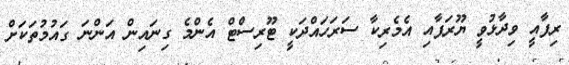
ރިފާއީ ވިދާޅުވީ ޔޫރަޕާއި އެމެރިކާ ސަރަހައްދަކީ ޓޫރިސްޓް އެންމެ ގިނައިން އަންނަ ގައުމުތަކަށް